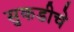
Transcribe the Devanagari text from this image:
सुकडीचे